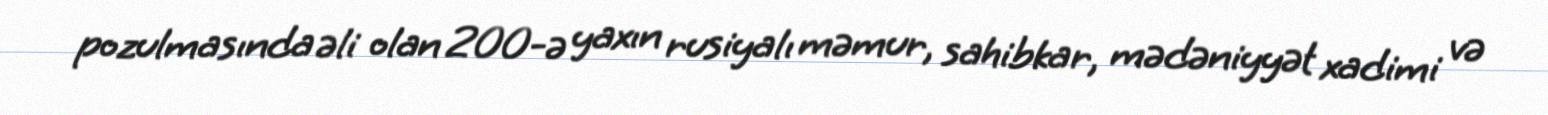
pozulmasında əli olan 200-ə yaxın rusiyalı məmur, sahibkar, mədəniyyət xadimi və